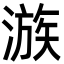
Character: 㵀